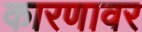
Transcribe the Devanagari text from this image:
कारणावर